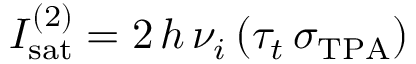
I _ { \mathrm { s a t } } ^ { ( 2 ) } = 2 \, h \, \nu _ { i } \, ( \tau _ { t } \, \sigma _ { \mathrm { T P A } } )